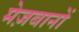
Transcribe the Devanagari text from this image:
मेज़बानों